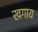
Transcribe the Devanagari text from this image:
खगाय